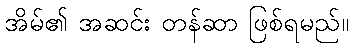
အိမ်၏ အဆင်း တန်ဆာ ဖြစ်ရမည်။